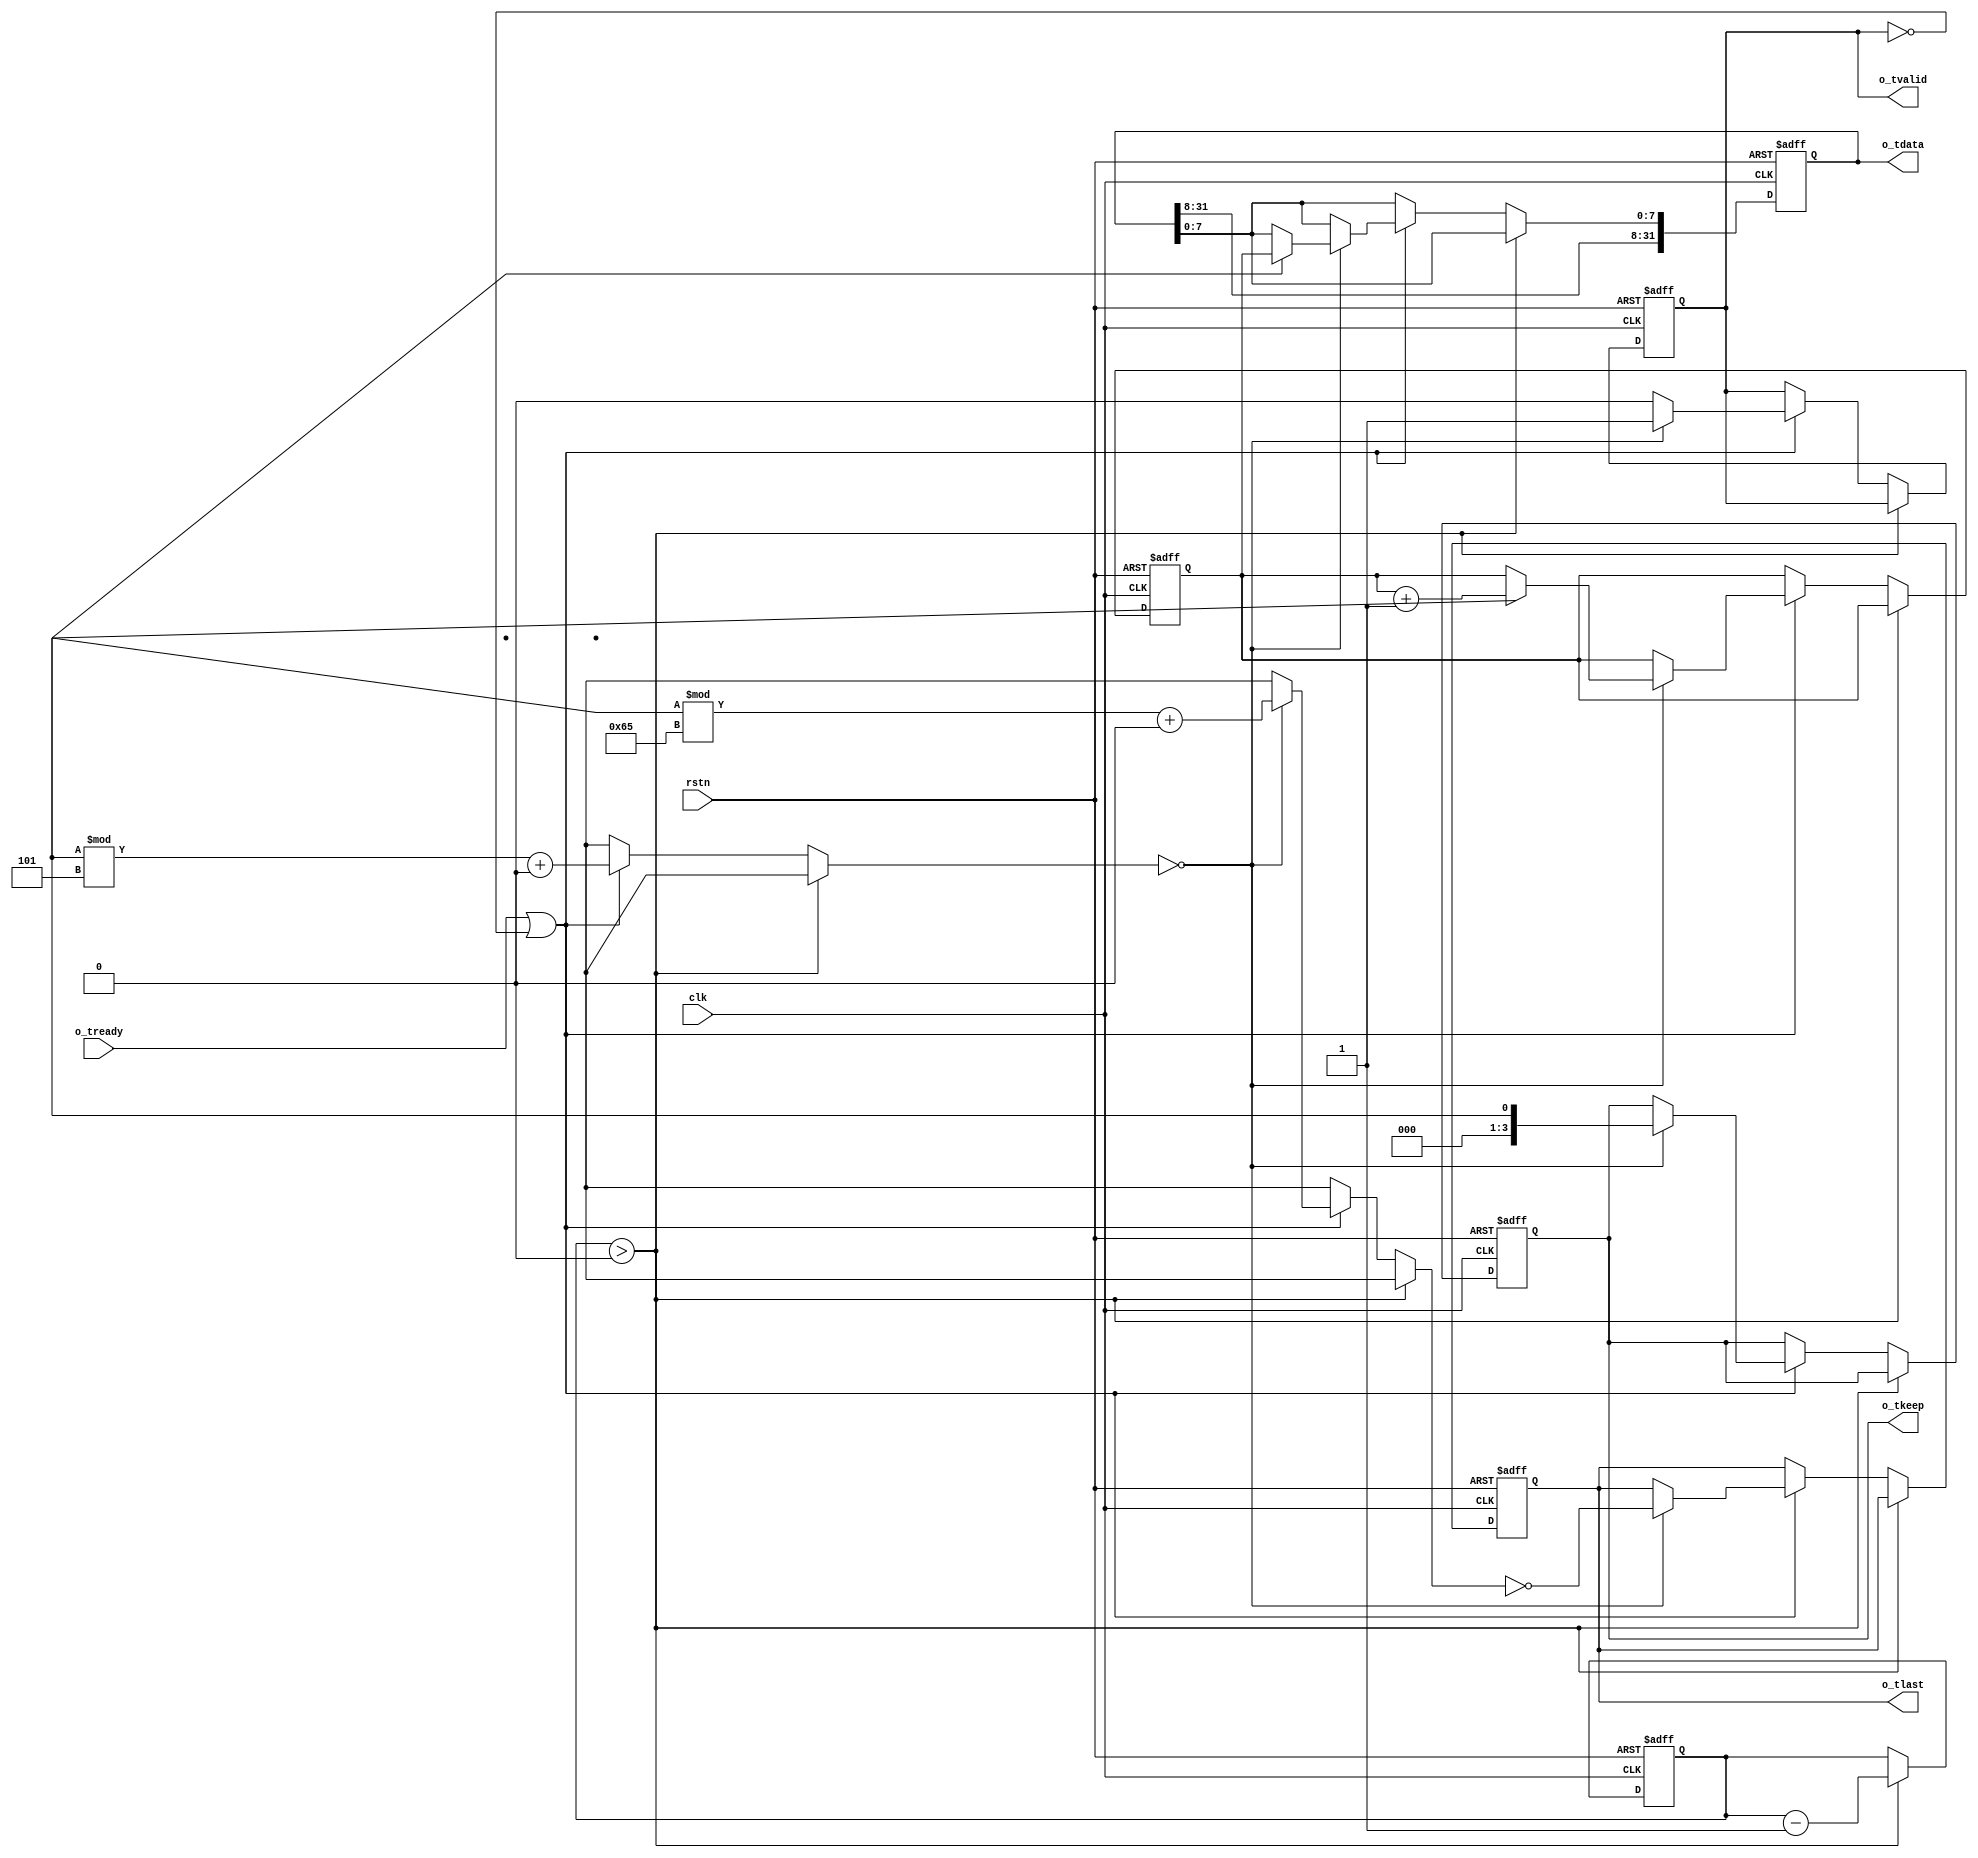

module tb_axis_inc_source # (
    parameter    BYTE_WIDTH = 4
) (
    input  wire                    rstn,
    input  wire                    clk,
    // AXI-stream master
    input  wire                    o_tready,
    output reg                     o_tvalid,
    output reg  [8*BYTE_WIDTH-1:0] o_tdata,
    output reg  [  BYTE_WIDTH-1:0] o_tkeep,
    output reg                     o_tlast
);



//-----------------------------------------------------------------------------------------------------------------------------
// function : generate random unsigned integer
//-----------------------------------------------------------------------------------------------------------------------------
function  [31:0] randuint;
    input [31:0] min;
    input [31:0] max;
begin
    randuint = $random;
    if ( min != 0 || max != 'hFFFFFFFF )
        randuint = (randuint % (1+max-min)) + min;
end
endfunction



initial {o_tvalid, o_tdata, o_tkeep, o_tlast} = 0;

reg [BYTE_WIDTH-1:0] keep = 0;
reg [7:0] next_byte = 8'h0;

reg [31:0] delay = 100000;

integer i;

always @ (posedge clk or negedge rstn)
    if (~rstn) begin
        {o_tvalid, o_tdata, o_tkeep, o_tlast} <= 0;
        next_byte = 8'h0;
        delay <= 100000;
    end else begin
        if (delay > 0) begin
            delay <= delay - 1;
        end else begin
            if (o_tready | ~o_tvalid) begin
                if ( randuint(0,4) == 0 ) begin
                    o_tvalid <= 1'b1;
                    keep = randuint(0, 'hFFFFFFFF);
                    for (i=0; i<BYTE_WIDTH; i=i+1) begin
                        if (keep[i]) begin
                            o_tdata[i*8 +: 8] <= next_byte;
                            next_byte = next_byte + 8'd1;
                        end
                    end
                    o_tkeep <= keep;
                    o_tlast <= (randuint(0,100) == 0);
                end else begin
                    o_tvalid <= 1'b0;
                end
            end
        end
    end


endmodule